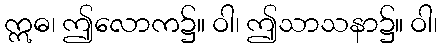
ဣဓ၊ ဤလောက၌။ ဝါ၊ ဤသာသနာ၌။ ဝါ၊